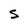
Character: S